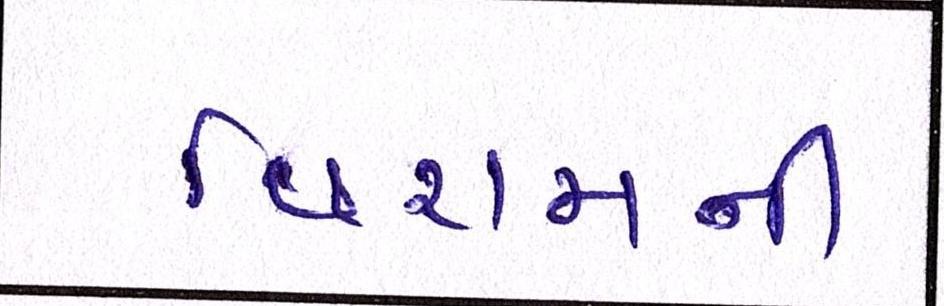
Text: વિરામની